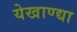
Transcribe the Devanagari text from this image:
येखाण्द्या